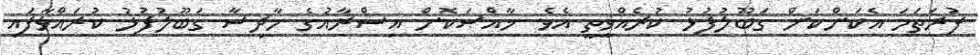
ފުރަތަމަ އެކަންކަން ގަބޫލުފުޅު ކުރެއްވީތީ އެވެ. ޚާއްޞަކޮށް އިސްރާއުގެ ހާދިސާ ގަބޫލުފުޅު ކުރައްވާފައި